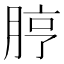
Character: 脝